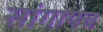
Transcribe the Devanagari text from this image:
सांगायच